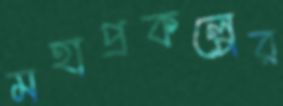
মহাপ্রকল্পের